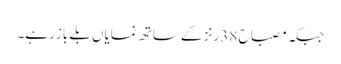
جبکہ مصباح 38 رنز کے ساتھ نمایاں بلے باز رہے۔